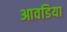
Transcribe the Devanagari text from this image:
आवडिया